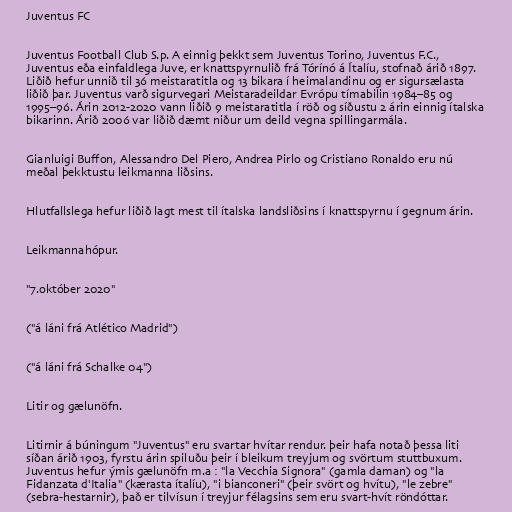
Juventus FC

Juventus Football Club S.p. A einnig þekkt sem Juventus Torino, Juventus F.C.,
Juventus eða einfaldlega Juve, er knattspyrnulið frá Tórínó á Ítalíu, stofnað árið 1897.
Liðið hefur unnið til 36 meistaratitla og 13 bikara í heimalandinu og er sigursælasta
liðið þar. Juventus varð sigurvegari Meistaradeildar Evrópu tímabilin 1984–85 og
1995–96. Árin 2012-2020 vann liðið 9 meistaratitla í röð og síðustu 2 árin einnig ítalska
bikarinn. Árið 2006 var liðið dæmt niður um deild vegna spillingarmála.

Gianluigi Buffon, Alessandro Del Piero, Andrea Pirlo og Cristiano Ronaldo eru nú
meðal þekktustu leikmanna liðsins.

Hlutfallslega hefur liðið lagt mest til ítalska landsliðsins í knattspyrnu í gegnum árin.

Leikmannahópur.

"7.október 2020"

("á láni frá Atlético Madrid")

("á láni frá Schalke 04")

Litir og gælunöfn.

Litirnir á búningum "Juventus" eru svartar hvítar rendur. þeir hafa notað þessa liti
síðan árið 1903, fyrstu árin spiluðu þeir í bleikum treyjum og svörtum stuttbuxum.
Juventus hefur ýmis gælunöfn m.a : "la Vecchia Signora" (gamla daman) og "la
Fidanzata d'Italia" (kærasta ítalíu), "i bianconeri" (þeir svört og hvítu), "le zebre"
(sebra-hestarnir), það er tilvísun í treyjur félagsins sem eru svart-hvít röndóttar.